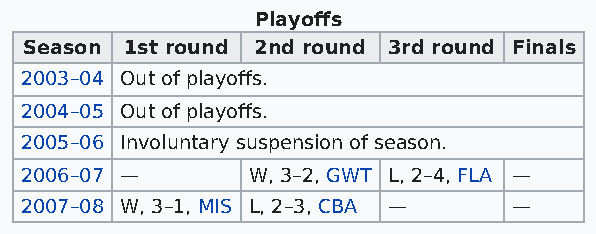
Playoffs
 Season 1st round 2nd round 3rd round Finals
 2003–04 Out of playoffs.
 2004–05 Out of playoffs.
 2005–06 Involuntary suspension of season.
 2006–07 —      W, 3–2, GWT L, 2–4, FLA —
 2007–08 W, 3–1, MIS L, 2–3, CBA — —